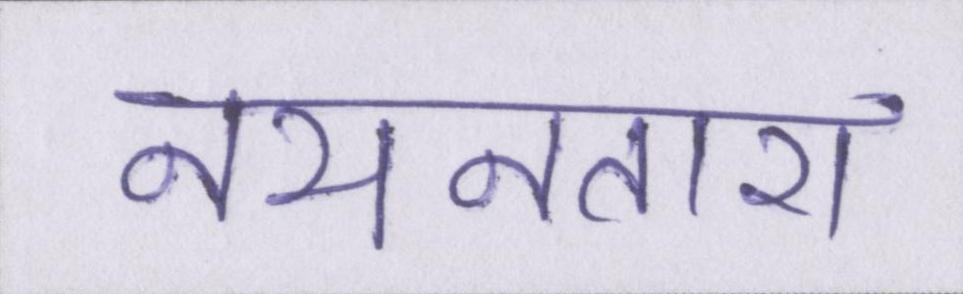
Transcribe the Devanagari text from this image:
नयनतारा